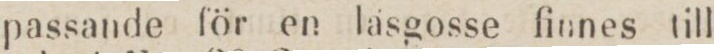
passande för en läsgosse finnes till